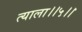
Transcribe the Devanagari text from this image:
त्याला।।५।।